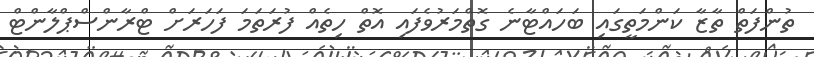
ތުންފަތް ތާޒާ ކަންމަތީގައި ބަހައްޓާނެ ގޮތްމަރުވެފައި އޮތް ހިތެއް ފުރަތަމަ ފަހަރަށް ޓްރާންސްޕްލާންޓް